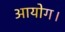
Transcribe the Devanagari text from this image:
आयोग।